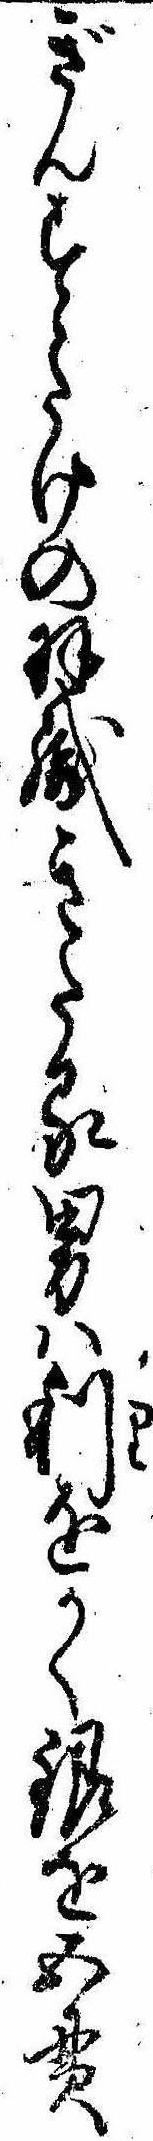
ぎんすゝたけの羽織きたる男は利をかく銀を五貫